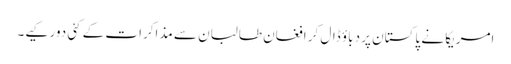
امریکا نے پاکستان پر دباؤ ڈال کر افغان طالبان سے مذاکرات کے کئی دور کیے۔